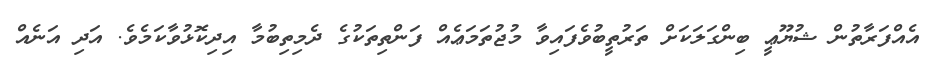
އެއްފަރާތުން ޝުޔޫޢީ ބިންގަލަކަށް ތަރުތީބުވެފައިވާ މުޖުތަމަޢެއް ފަންތިތަކުގެ ދެމިތިބުމާ އިދިކޮޅުވާކަމެވެ. އަދި އަނެއް